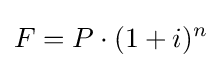
F=P\cdot (1+i)^{n}